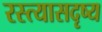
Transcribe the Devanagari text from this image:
रस्त्यासदृष्य